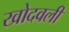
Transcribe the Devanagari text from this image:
खोदवली